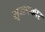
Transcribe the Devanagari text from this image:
सृजनकार